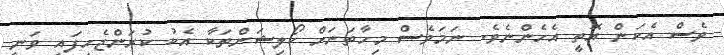
ވެސް އެކަން އޮތީ އެހެންނެވެ. ނަމަވެސް މިހާތަނަށް ކޯލިޝަންތަކާ އެކު ކުރަންޖެހިފައި ވަނީ